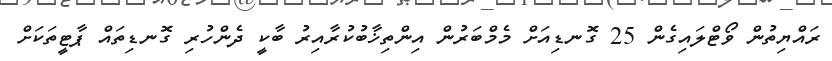
ރައްޔިތުން ވޯޓްލައިގެން 25 ގޮނޑިއަށް މެމްބަރުން އިންތިޚާބުކުރާއިރު ބާކީ ދެންހުރި ގޮނޑިތައް ޕާޓީތަކަށް